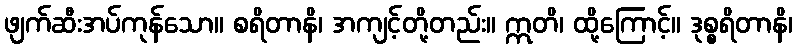
ဖျက်ဆီးအပ်ကုန်သော။ စရိတာနိ၊ အကျင့်တို့တည်း။ ဣတိ၊ ထို့ကြောင့်။ ဒုစ္စရိတာနိ၊